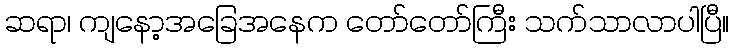
ဆရာ၊ ကျနော့အခြေအနေက တော်တော်ကြီး သက်သာလာပါပြီ။